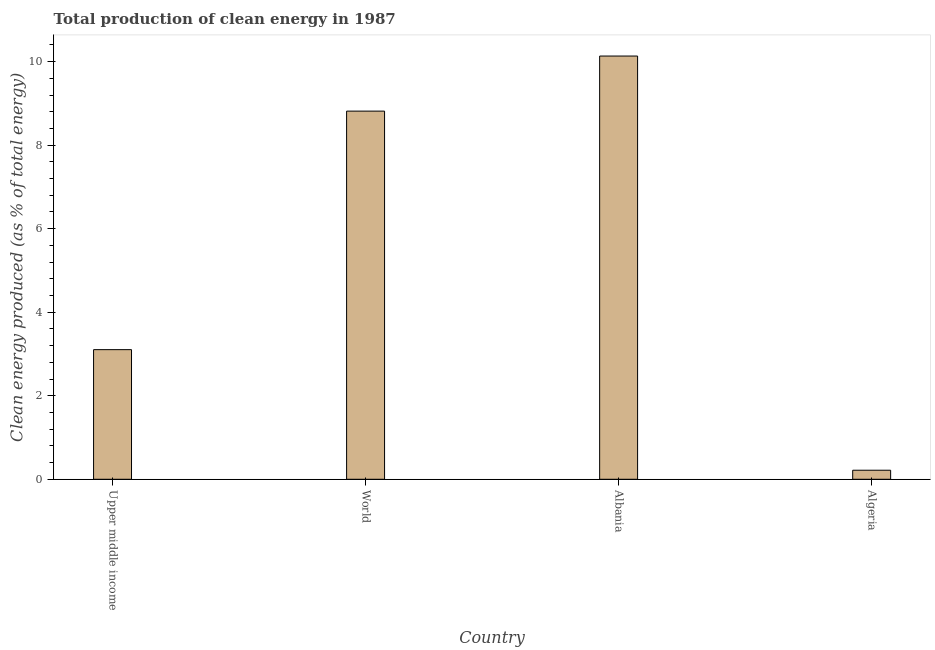
| Country | Alternative and nuclear energy |
 | --- | --- |
 | Upper middle income | 3.1 |
 | World | 8.82 |
 | Albania | 10.1 |
 | Algeria | 0.217 |